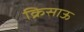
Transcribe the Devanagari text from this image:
क्रिसाऊ